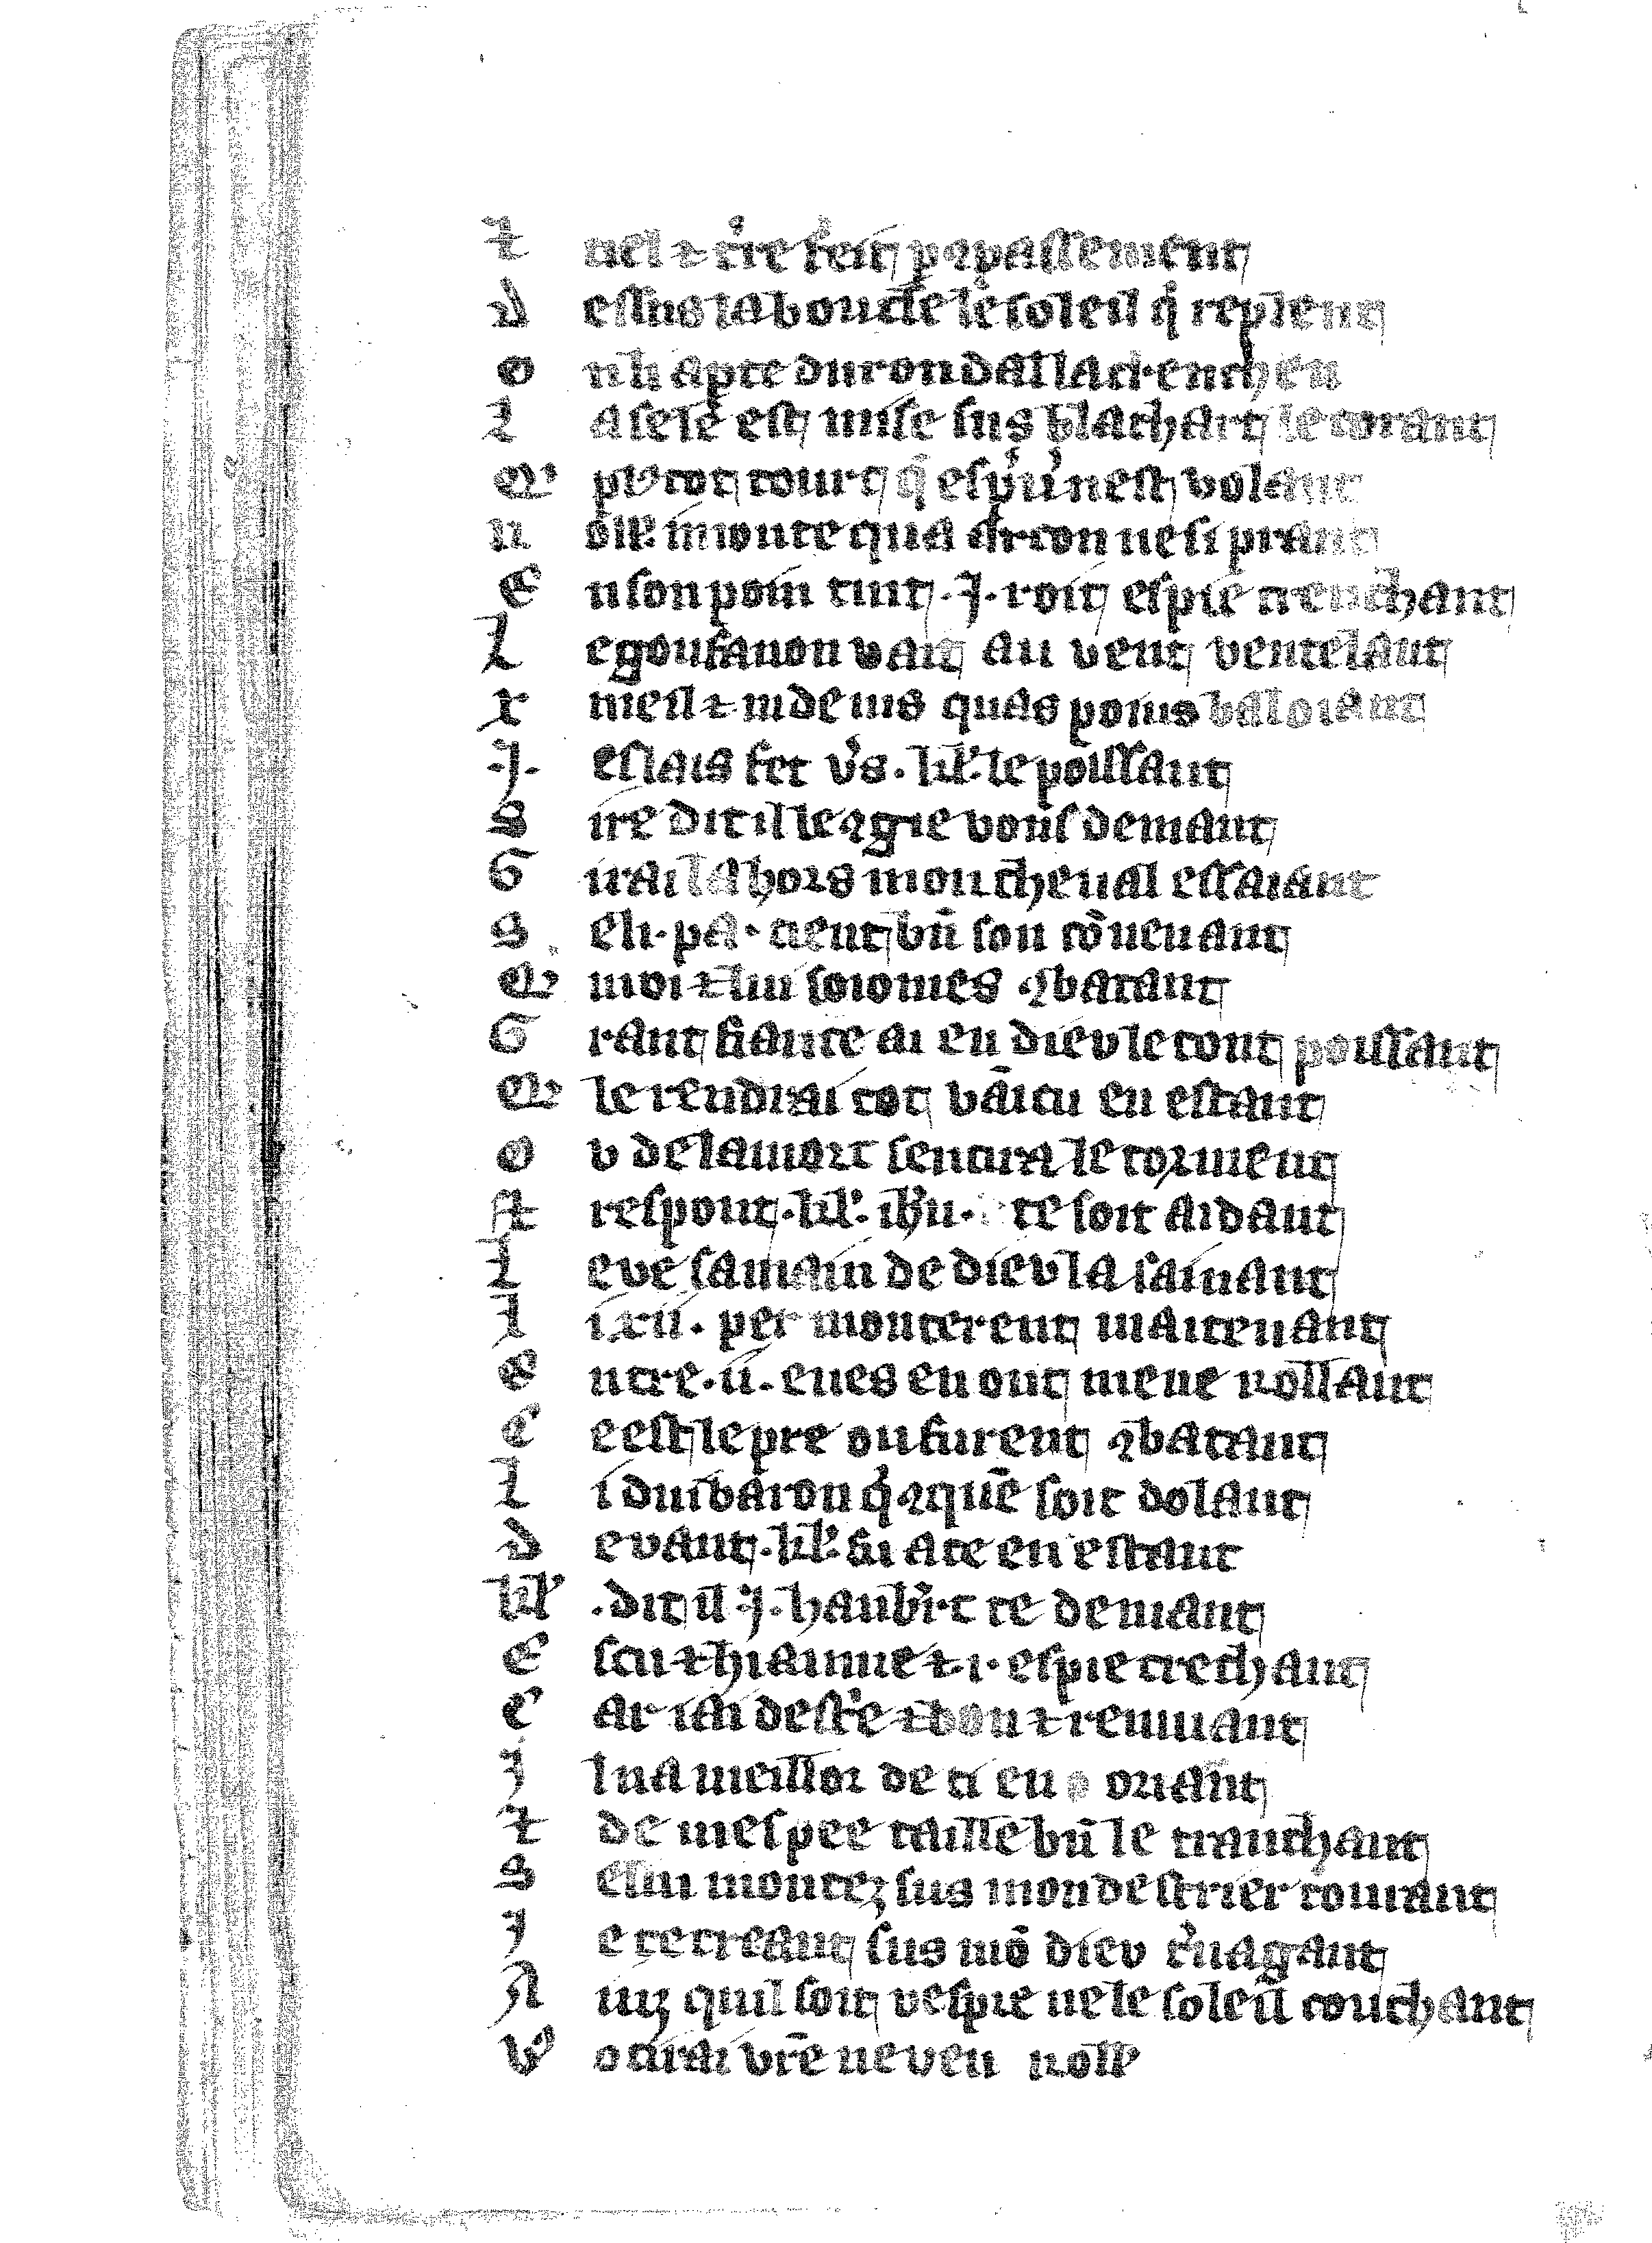
Shelfmark: Vatican, Biblioteca apostolica vaticana, Reg.lat. 1616
Century: 14